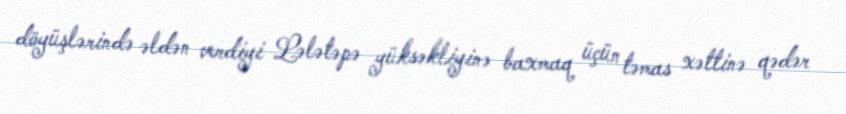
döyüşlərində əldən verdiyi Lələtəpə yüksəkliyinə baxmaq üçün təmas xəttinə qədər